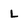
Character: L